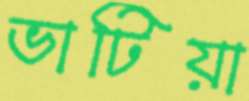
ভাটিয়া